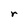
Character: r